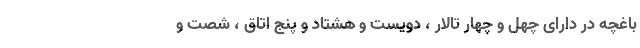
باغچه در دارای چهل و چهار تالار ، دویست و هشتاد و پنج اتاق ، شصت و